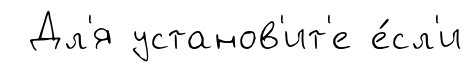
Дл'я установ'ит'е е́сл'и